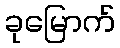
ခုမြောက်